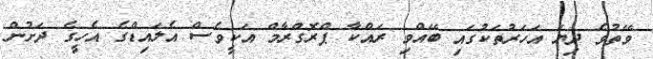
ވޭތުވެ ދިޔަ އަހަރުތަކުގައި ބޭއްވި ރައްކާ ޕްރޮގްރާމް އަކީވެސް އެލައިޑްގެ އެހީގެ ދަށުން